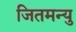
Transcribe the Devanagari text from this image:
जितमन्यु